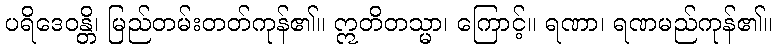
ပရိဒေဝန္တိ၊ မြည်တမ်းတတ်ကုန်၏။ ဣတိတသ္မာ၊ ကြောင့်။ ရဏာ၊ ရဏမည်ကုန်၏။